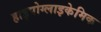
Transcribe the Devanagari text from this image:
हाइपोग्लाइकेमिक